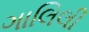
ગાલિલી